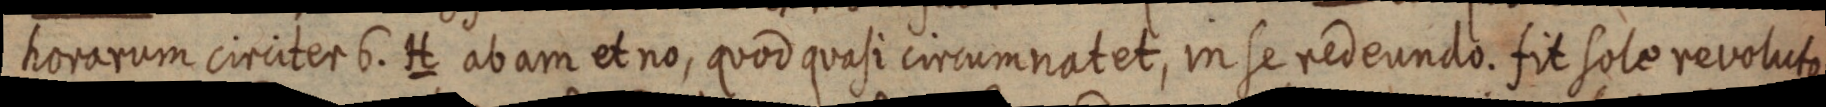
horarum circiter 6. H ab am et no, quod quasi circumnatet, in se redeundo. fit sole revoluto